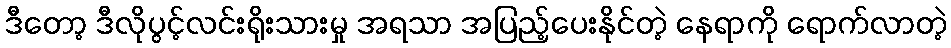
ဒီတော့ ဒီလိုပွင့်လင်းရိုးသားမှု အရသာ အပြည့်ပေးနိုင်တဲ့ နေရာကို ရောက်လာတဲ့